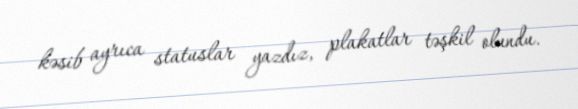
kəsib ayrıca statuslar yazdız, plakatlar təşkil olundu.